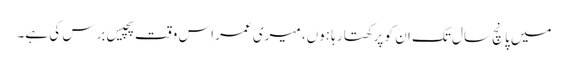
میں پانچ سال تک ان کو پرکھتا رہا ہوں، میری عمر اس وقت پچیس برس کی ہے۔